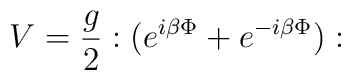
V=\frac{g}{2}:(e^{i\beta \Phi }+e^{-i\beta \Phi }):